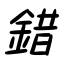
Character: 錯